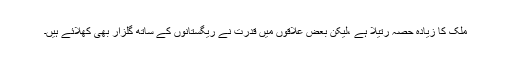
ملک کا زیادہ حصہ رتیلا ہے ،لیکن بعض علاقوں میں قدرت نے ریگستانوں کے ساتھ گلزار بھی کھلائے ہیں۔